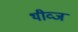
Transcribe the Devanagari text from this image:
थीव्ज